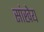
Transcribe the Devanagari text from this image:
सांखेय